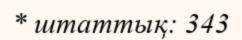
* штаттық: 343